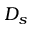
D _ { s }